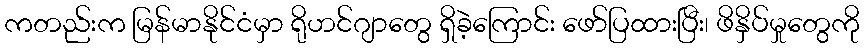
ကတည်းက မြန်မာနိုင်ငံမှာ ရိုဟင်ဂျာတွေ ရှိခဲ့ကြောင်း ဖော်ပြထားပြီး၊ ဖိနှိပ်မှုတွေကို